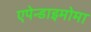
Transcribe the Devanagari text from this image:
एपेन्डाइमोमा